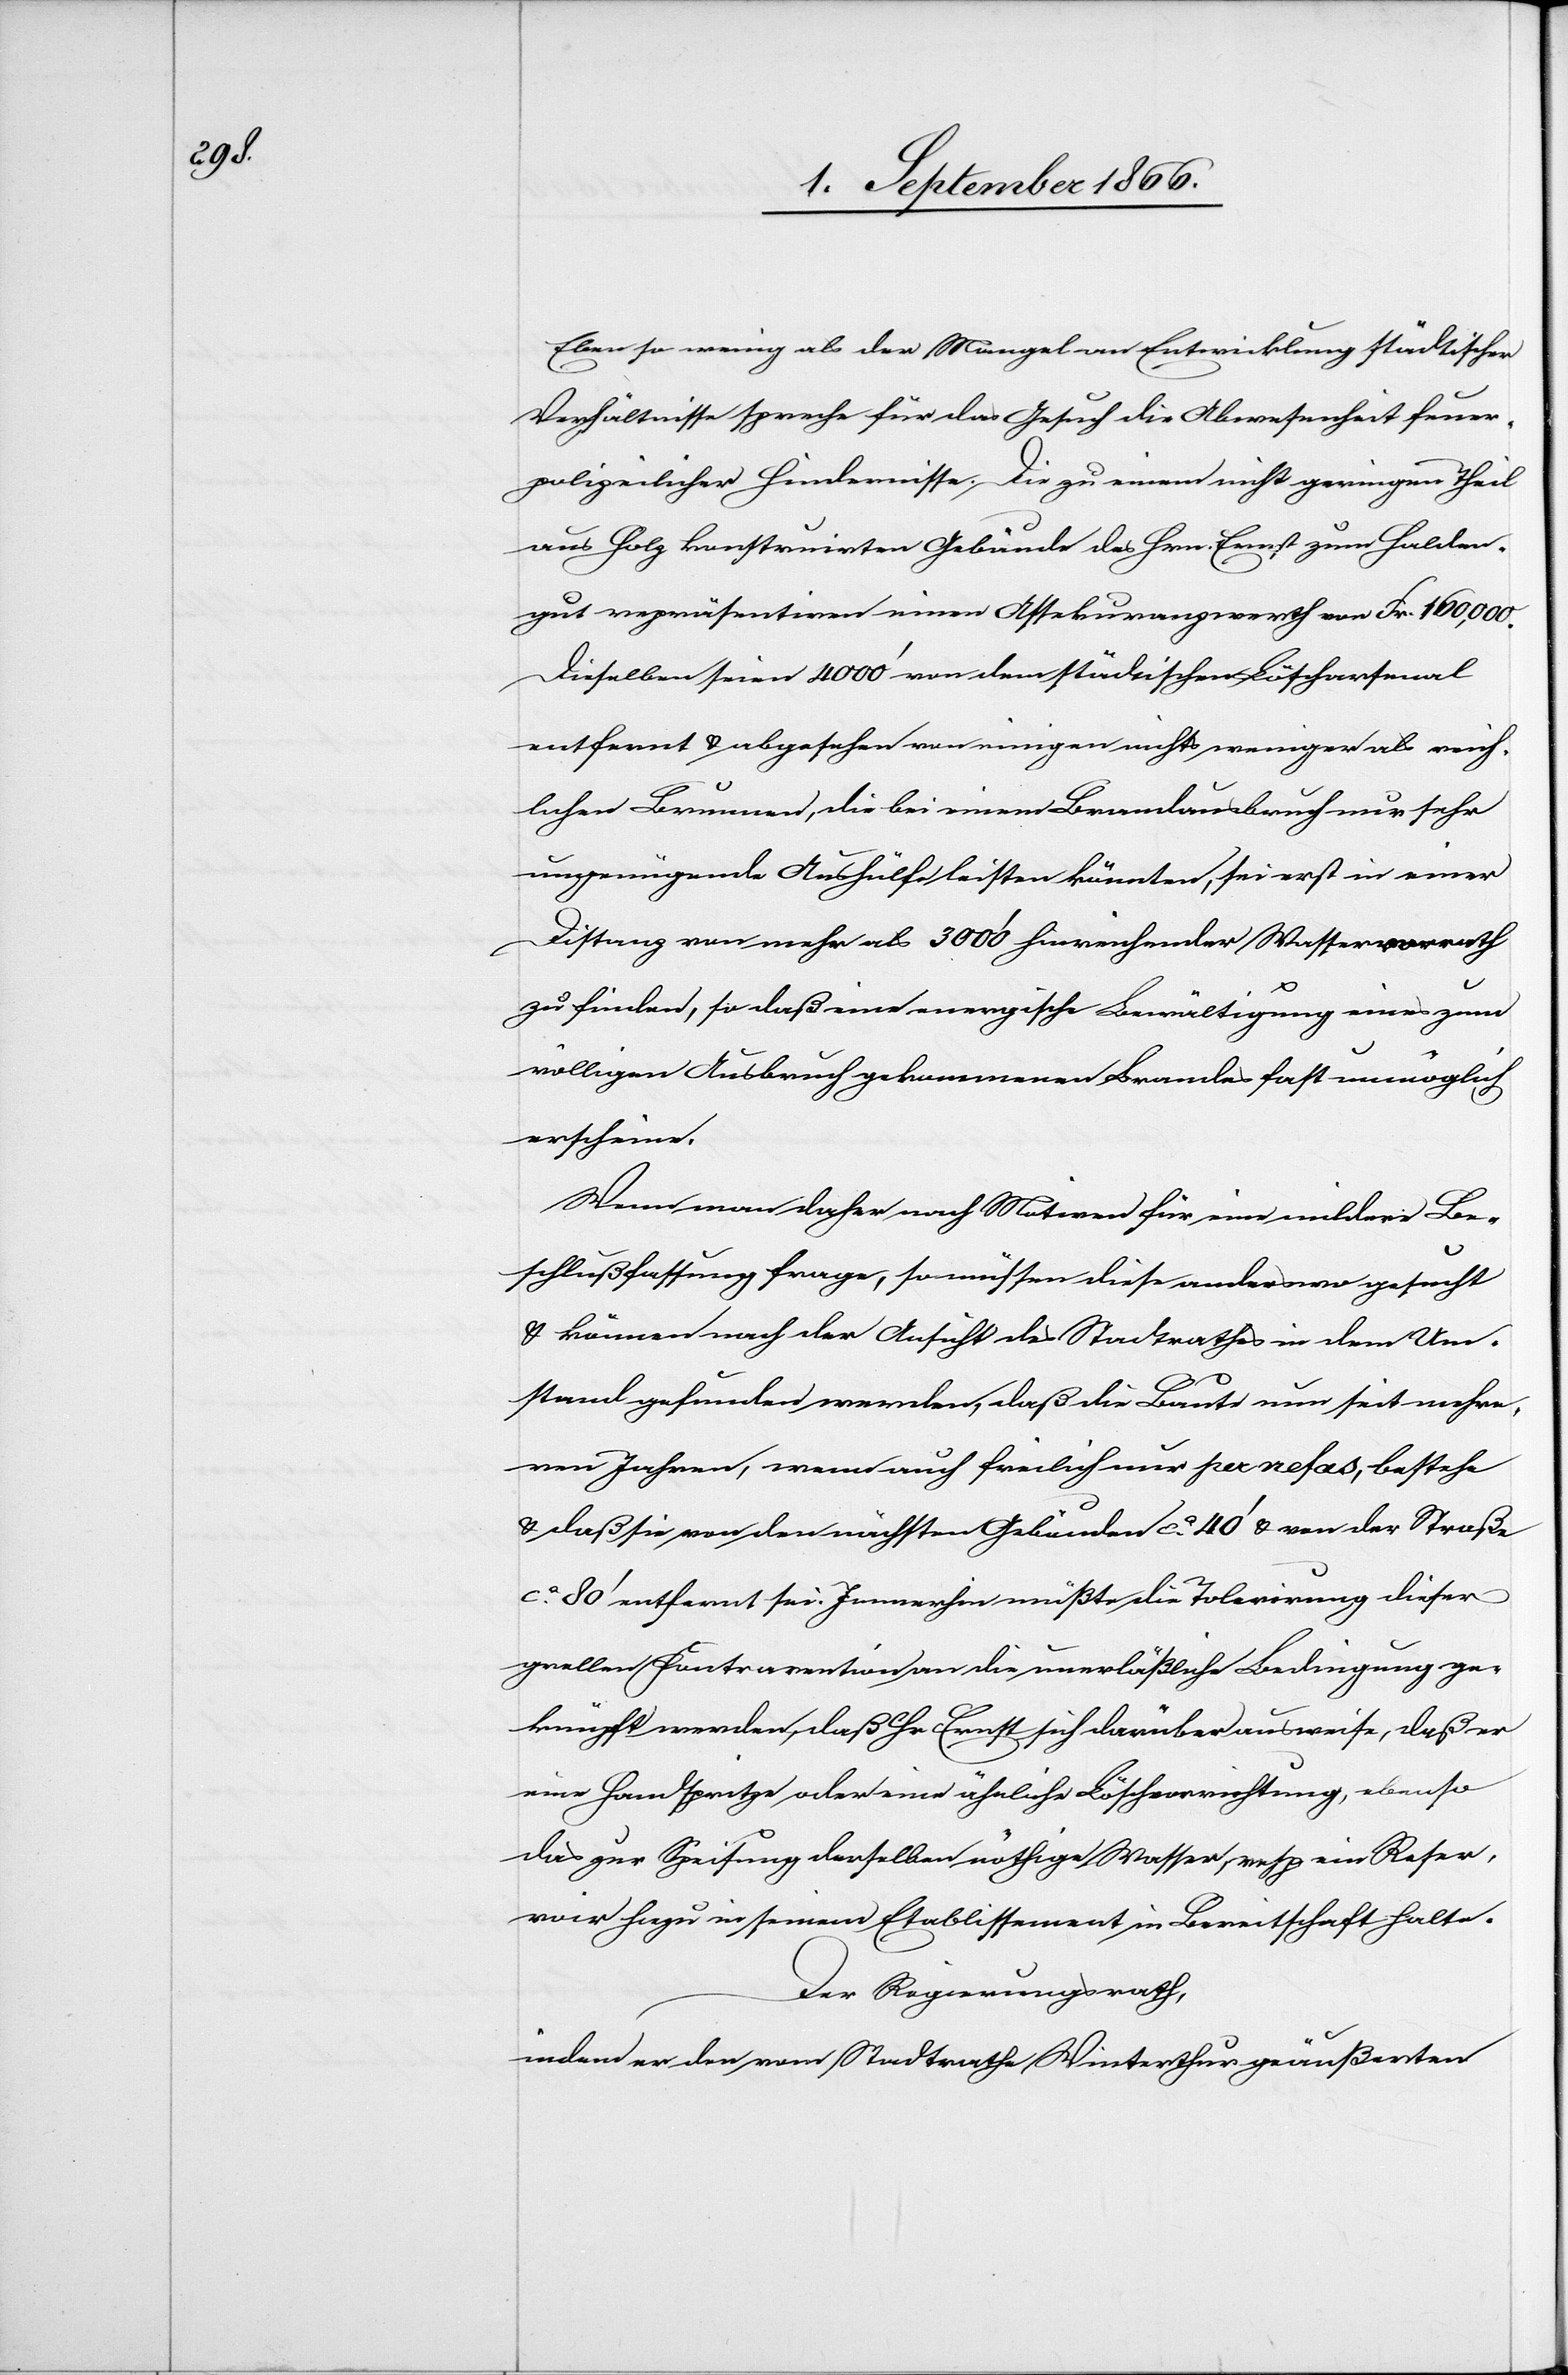
Eben so wenig als der Mangel an Entwicklung städtischer
Verhältnisse spreche für das Gesuch die Abwesenheit feuer¬
polizeilicher Hindernisse. Die zu einem nicht geringen Theil
aus Holz konstruirten Gebäude des Hrn. Ernst zum Halden¬
gut repräsentieren einen Assekuranzwerth von Frk. 160 000.
Dieselben seien 4000‘ von dem städtischen Löscharsenal
entfernt u. abgesehen von einigen nichts weniger als reich¬
lichen Brunnen, die bei einem Brandunglück nur sehr
ungenügende Aushülfe leisten könnten, sei erst in einer
Distanz von mehr als 3000‘ hinreichender Wasservorrath
zu finden, so daß eine energische Bewältigung eines zum
völligen Ausbruch gekommenen Brandes fast unmöglich
erscheine.
Wenn man daher nach Motiven für eine mildere Be¬
schlußfassung frage, so müssen diese anderswo gesucht
u. können nach der Ansicht des Stadtrathes in dem Um¬
stand gefunden werden, daß die Baute nun seit mehre¬
ren Jahren, wenn auch freilich nur per nefas, bestehe
u. daß sie von den nächsten Gebäuden ca. 40‘ u. von der Straße
ca. 80‘ entfernt sei. Fernerhin müßte die Tolerirung dieser
prallen Kontravention an die unerläßliche Bedingung ge¬
knüpft werden, daß Hr. Ernst sich darüber ausweise, daß er
eine Handspritze oder eine ähnliche Löschvorrichtung, ebenso
das zur Spritzung derselben nöthige Wasser, resp. ein Reser¬
voir hiezu in seinem Etablissement in Bereitschaft halte.
Der Regierungsrath,
indem er den vom Stadtrathe Winterthur geäußerten